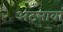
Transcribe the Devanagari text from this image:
अटनावां